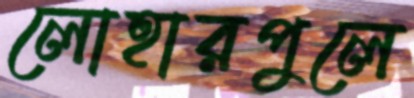
লোহারপুলে